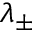
\lambda _ { \pm }